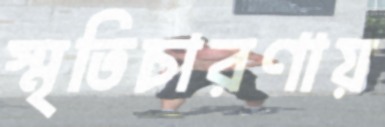
স্মৃতিচারণায়